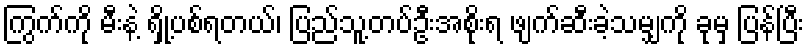
ကြွက်ကို မီးနဲ့ ရှို့ပစ်ရတယ်၊ ပြည်သူ့တပ်ဦးအစိုးရ ဖျက်ဆီးခဲ့သမျှကို ခုမှ ပြန်ပြီး